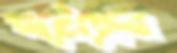
পটেছেন